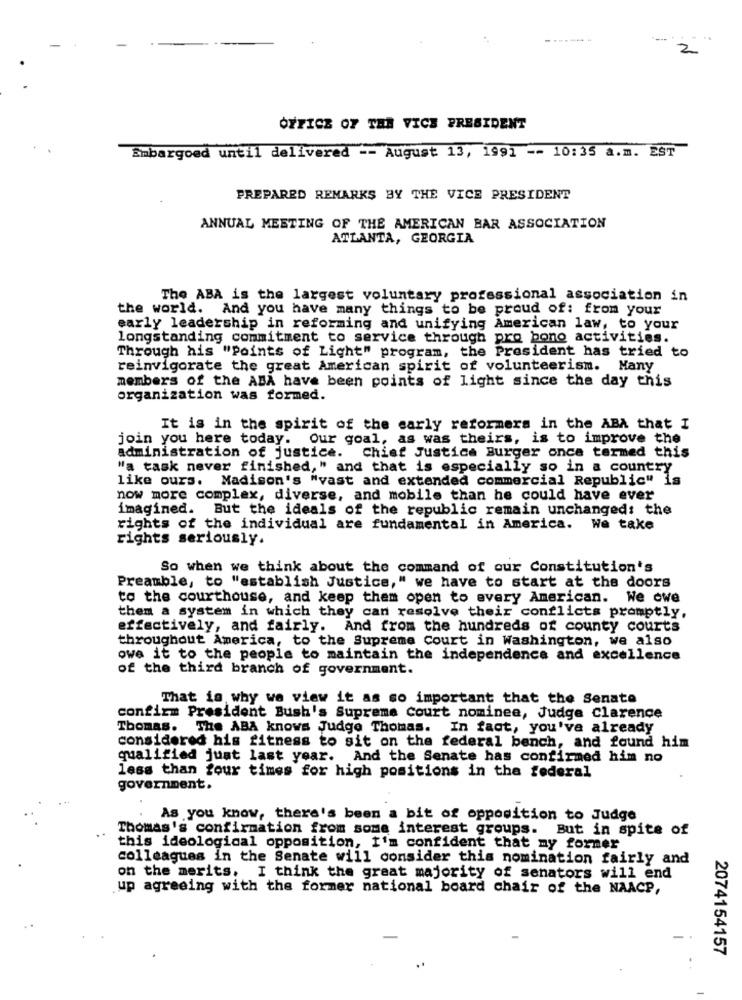
-----
2
OFFICE OF THR VICE PRESIDENT
Embargoed until delivered -- August 13, 1991 -- 10:35 a.m. EST
PREPARED REMARKS BY THE VICE PRESIDENT
ANNUAL MEETING OF THE AMERICAN BAR ASSOCIATION
ATLANTA, GEORGIA
The ABA is the largest voluntary professional association in
the world.
And you have many things to be proud of: from your
early leadership in reforming and unifying American law, to your
longstanding commitment to service through pro bono activities.
Through his "Points of Light" program, the President has tried to
reinvigorate the great American spirit of volunteerism. Many
members of the ABA have been points of light since the day this
organization was formed.
It is in the spirit of the early reformers in the ABA that I
join you here today. Our goal, as was theirs, is to improve the
administration of justice. Chief Justice Burger once termed this
"a task never finished, " and that is especially so in a country
like ours. Madison's "vast and extended commercial Republic" is
now more complex, diverse, and mobile than he could have ever
imagined. But the ideals of the republic remain unchanged: the
rights of the individual are fundamental in America. We take
rights seriously.
So when we think about the command of our Constitution's
Preamble, to "establish Justice," we have to start at the doors
to the courthouse, and keep them open to every American. We owe
them a system in which they can resolve their conflicts promptly,
effectively, and fairly. And from the hundreds of county courts
throughout America, to the Supreme Court in Washington, we also
owe it to the people to maintain the independence and excellence
of the third branch of government.
That is why we view it as so important that the Senate
confirm President Bush's Supreme Court nominee, Judge Clarence
Thomas. The ABA knows Judge Thomas. In fact, you've already
considered his fitness to sit on the federal bench, and found him
qualified just last year. And the Senate has confirmed him no
less than four times for high positions in the federal
government.
As you know, there's been a bit of opposition to Judge
Thomas's confirmation from some interest groups. But in spite of
..
this ideological opposition, I'm confident that my former
colleagues in the Senate will consider this nomination fairly and
on the merits, I think the great majority of senators will end
up agreeing with the former national board chair of the NAACP,
2074154157